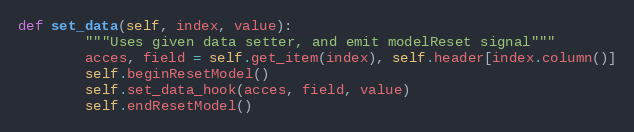
Language: Python
def set_data(self, index, value):
        """Uses given data setter, and emit modelReset signal"""
        acces, field = self.get_item(index), self.header[index.column()]
        self.beginResetModel()
        self.set_data_hook(acces, field, value)
        self.endResetModel()